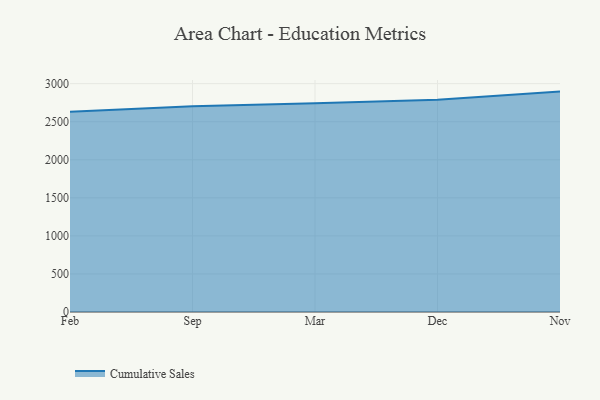
{"axis": {"x": "Month", "y": "Churn Rate (%)"}, "legend": ["Cumulative Sales"], "data": [{"x": "Feb", "y": 2629.7, "type": "Cumulative Sales"}, {"x": "Sep", "y": 2701.9, "type": "Cumulative Sales"}, {"x": "Mar", "y": 2743.2, "type": "Cumulative Sales"}, {"x": "Dec", "y": 2789.0, "type": "Cumulative Sales"}, {"x": "Nov", "y": 2895.6, "type": "Cumulative Sales"}]}